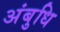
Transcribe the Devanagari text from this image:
अंबुधि